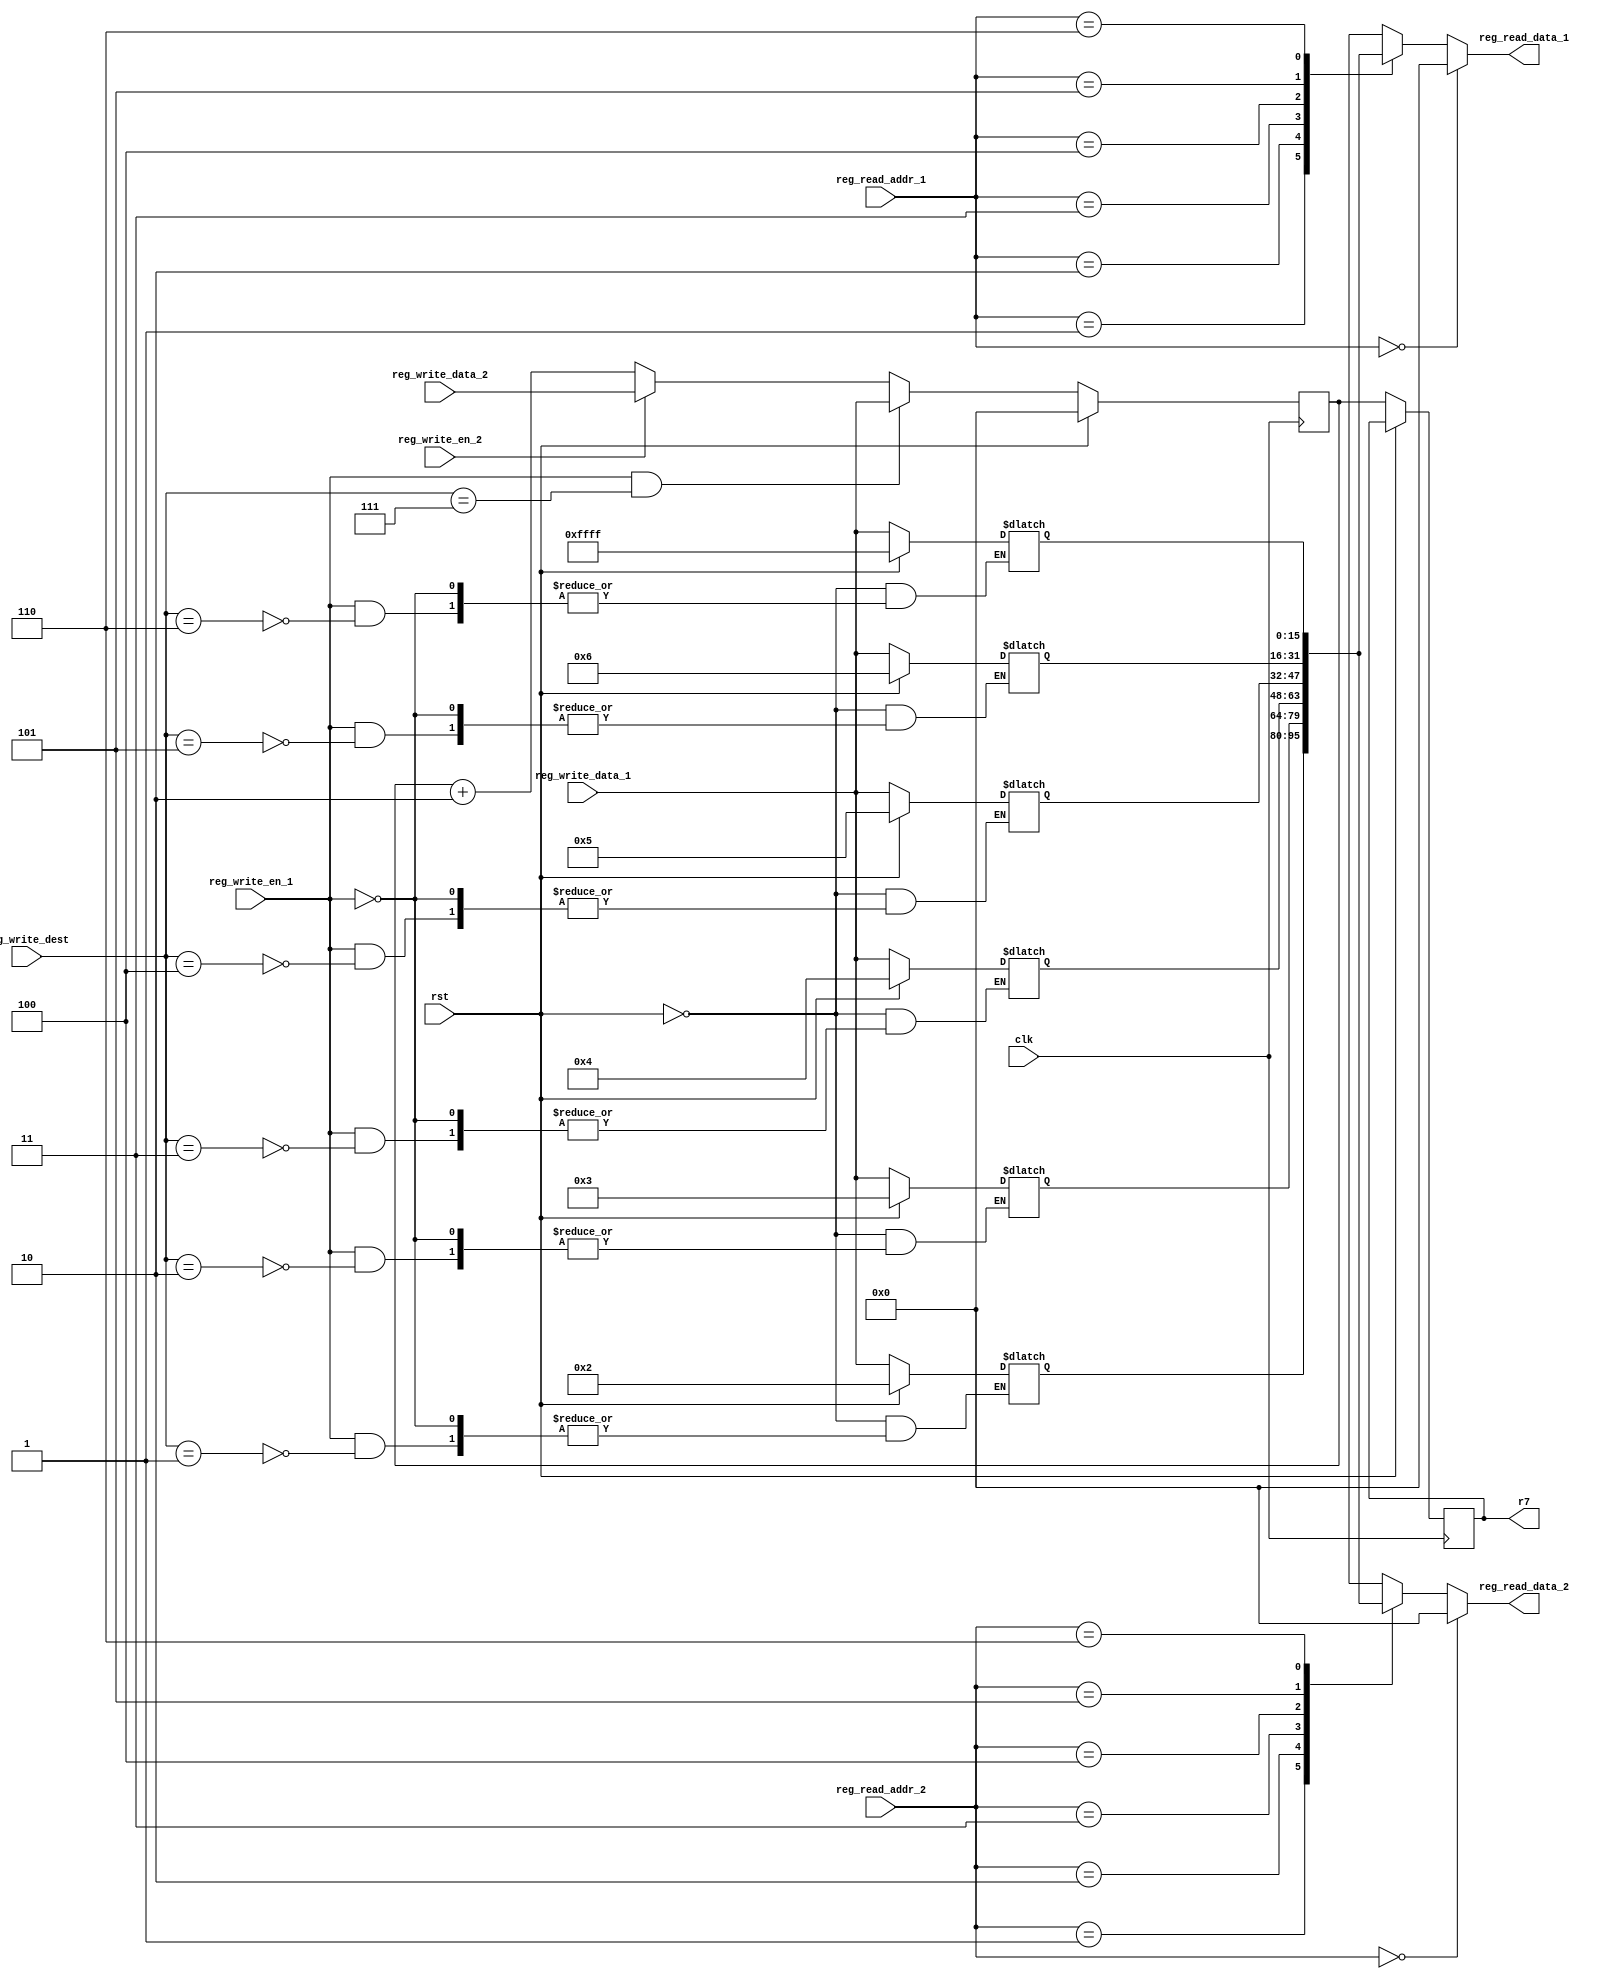
module register_file (rst, clk, reg_write_en_1, reg_write_en_2, reg_write_dest, reg_write_data_1, reg_write_data_2, reg_read_addr_1, reg_read_data_1, reg_read_addr_2, reg_read_data_2, r7); 

	input		  		rst,clk,reg_write_en_1, reg_write_en_2; 
	input  [ 2:0] 	reg_write_dest;
	input  [15:0] 	reg_write_data_1;  
	input  [15:0] 	reg_write_data_2;
	input  [ 2:0] 	reg_read_addr_1; 
	output [15:0] 	reg_read_data_1;   
	input  [ 2:0] 	reg_read_addr_2;  
	output [15:0] 	reg_read_data_2;
	output reg [15:0]	r7;

	reg    [15:0] 	reg_array [0:6]; 
	reg	 [15:0]  reg_array7;	 

	always @ (*) begin	  
		if(rst) begin  
			reg_array[0] <= 16'h0000;  
			reg_array[1] <= 16'h0002;  
			reg_array[2] <= 16'h0003;  
			reg_array[3] <= 16'h0004;  
			reg_array[4] <= 16'h0005;  
			reg_array[5] <= 16'h0006;  
			reg_array[6] <= 16'hFFFF;       
		end  
		else begin  
			if(reg_write_en_1 == 1'b1) begin  
				reg_array[reg_write_dest] <= reg_write_data_1;  
			end  
		end  
	end  
	
	always@(posedge clk) begin
		if(rst) begin  
			reg_array7 <= 16'h0000;       
		end  
		else begin
			reg_array7 <= reg_array7 + 2;
			r7 = reg_array7;
			if((reg_write_en_1 == 1'b1) & (reg_write_dest == 3'b111)) begin  
				reg_array7 <= reg_write_data_1;  
			end
			else if(reg_write_en_2 == 1'b1) begin
				reg_array7 <= reg_write_data_2;
			end
		end
		
	end
	
	assign reg_read_data_1 = ( reg_read_addr_1 == 0)? 16'b0 : reg_array[reg_read_addr_1];  
	assign reg_read_data_2 = ( reg_read_addr_2 == 0)? 16'b0 : reg_array[reg_read_addr_2];
endmodule